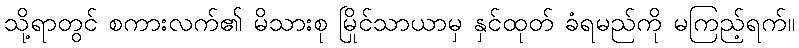
သို့ရာတွင် စကားလက်၏ မိသားစု မြိုင်သာယာမှ နှင်ထုတ် ခံရမည်ကို မကြည့်ရက်။